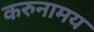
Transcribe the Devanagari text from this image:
करुनामय